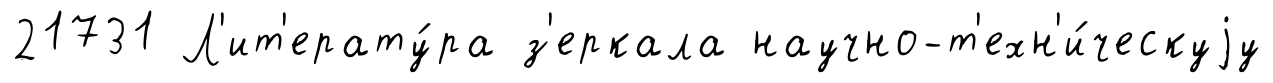
21731 Л'ит'ерату́ра з'еркала научно-т'ехн'и́ческуjу